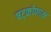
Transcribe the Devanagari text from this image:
षट्कोणाक्ष